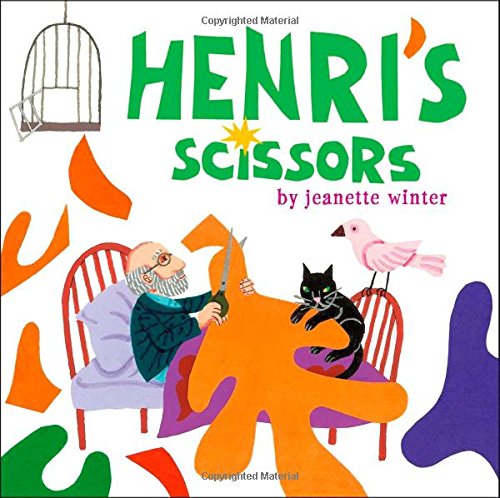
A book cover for Henri's Scissors; Jeanette Winter; Children's Books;